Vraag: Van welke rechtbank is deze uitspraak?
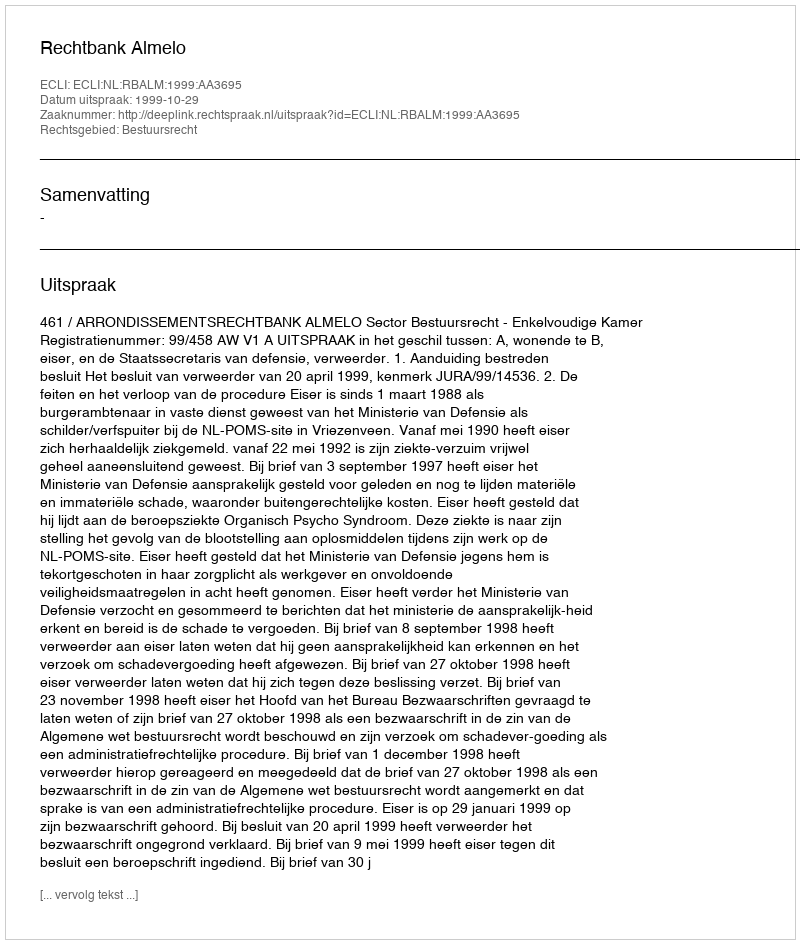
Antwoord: Rechtbank Almelo